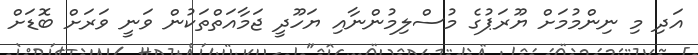
އަދި މި ނިންމުމަށް ޔޫރަޕުގެ މުސްލިމުންނާއި ޔަހޫދީ ޖަމާއަތްތަކުން ވަނީ ވަރަށް ބޮޑަށް